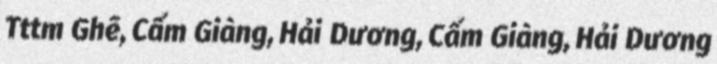
Tttm Ghẽ, Cẩm Giàng, Hải Dương, Cẩm Giàng, Hải Dương